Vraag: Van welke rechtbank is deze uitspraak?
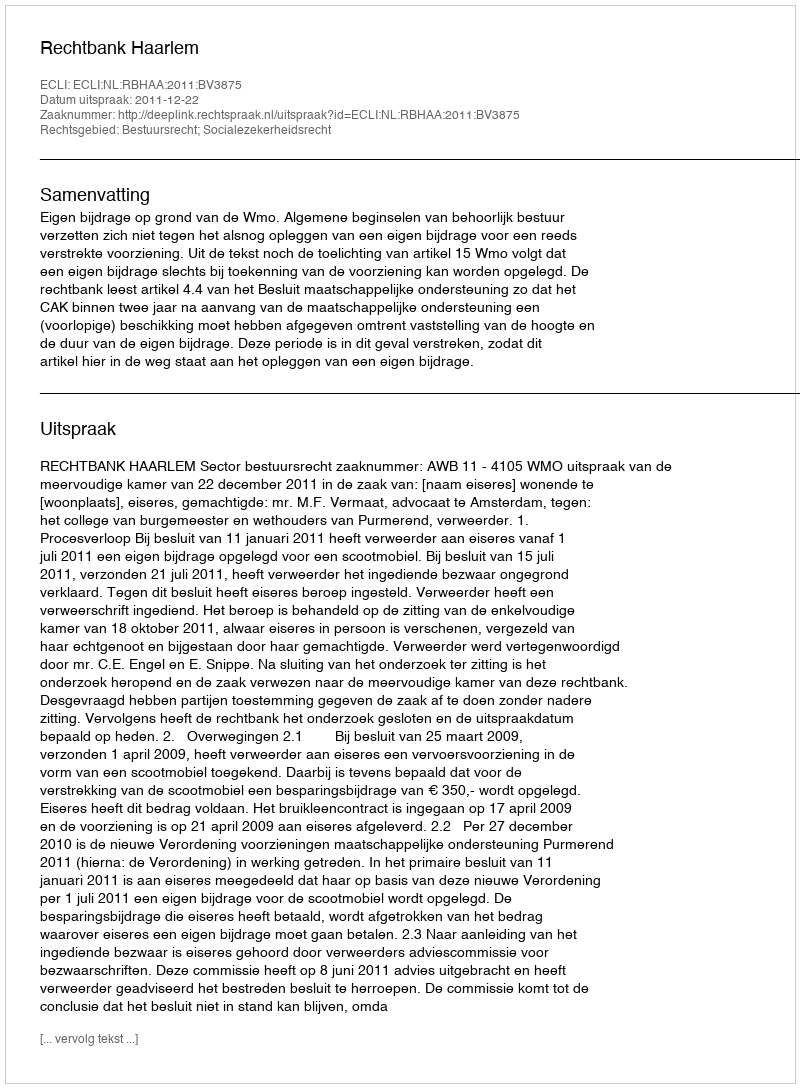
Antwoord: Rechtbank Haarlem